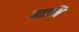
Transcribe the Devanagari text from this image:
पताभि